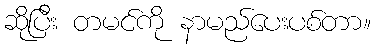
ဆိုပြီး တမင်ကို နာမည်ပေးပစ်တာ။